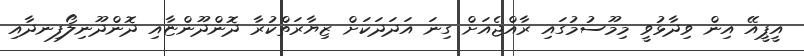
އީޕީއޭ އިން ވިދާޅުވީ މިމޫސުމުގައި ރާއްޖެއަށް ގިނަ އަދަދަކަށް ޒިޔާރަތްކުރާ ދޮންދޫންޏާއި ދޮންދޫނިލޯފިނދާއި